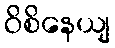
ဝိစိနေယျ